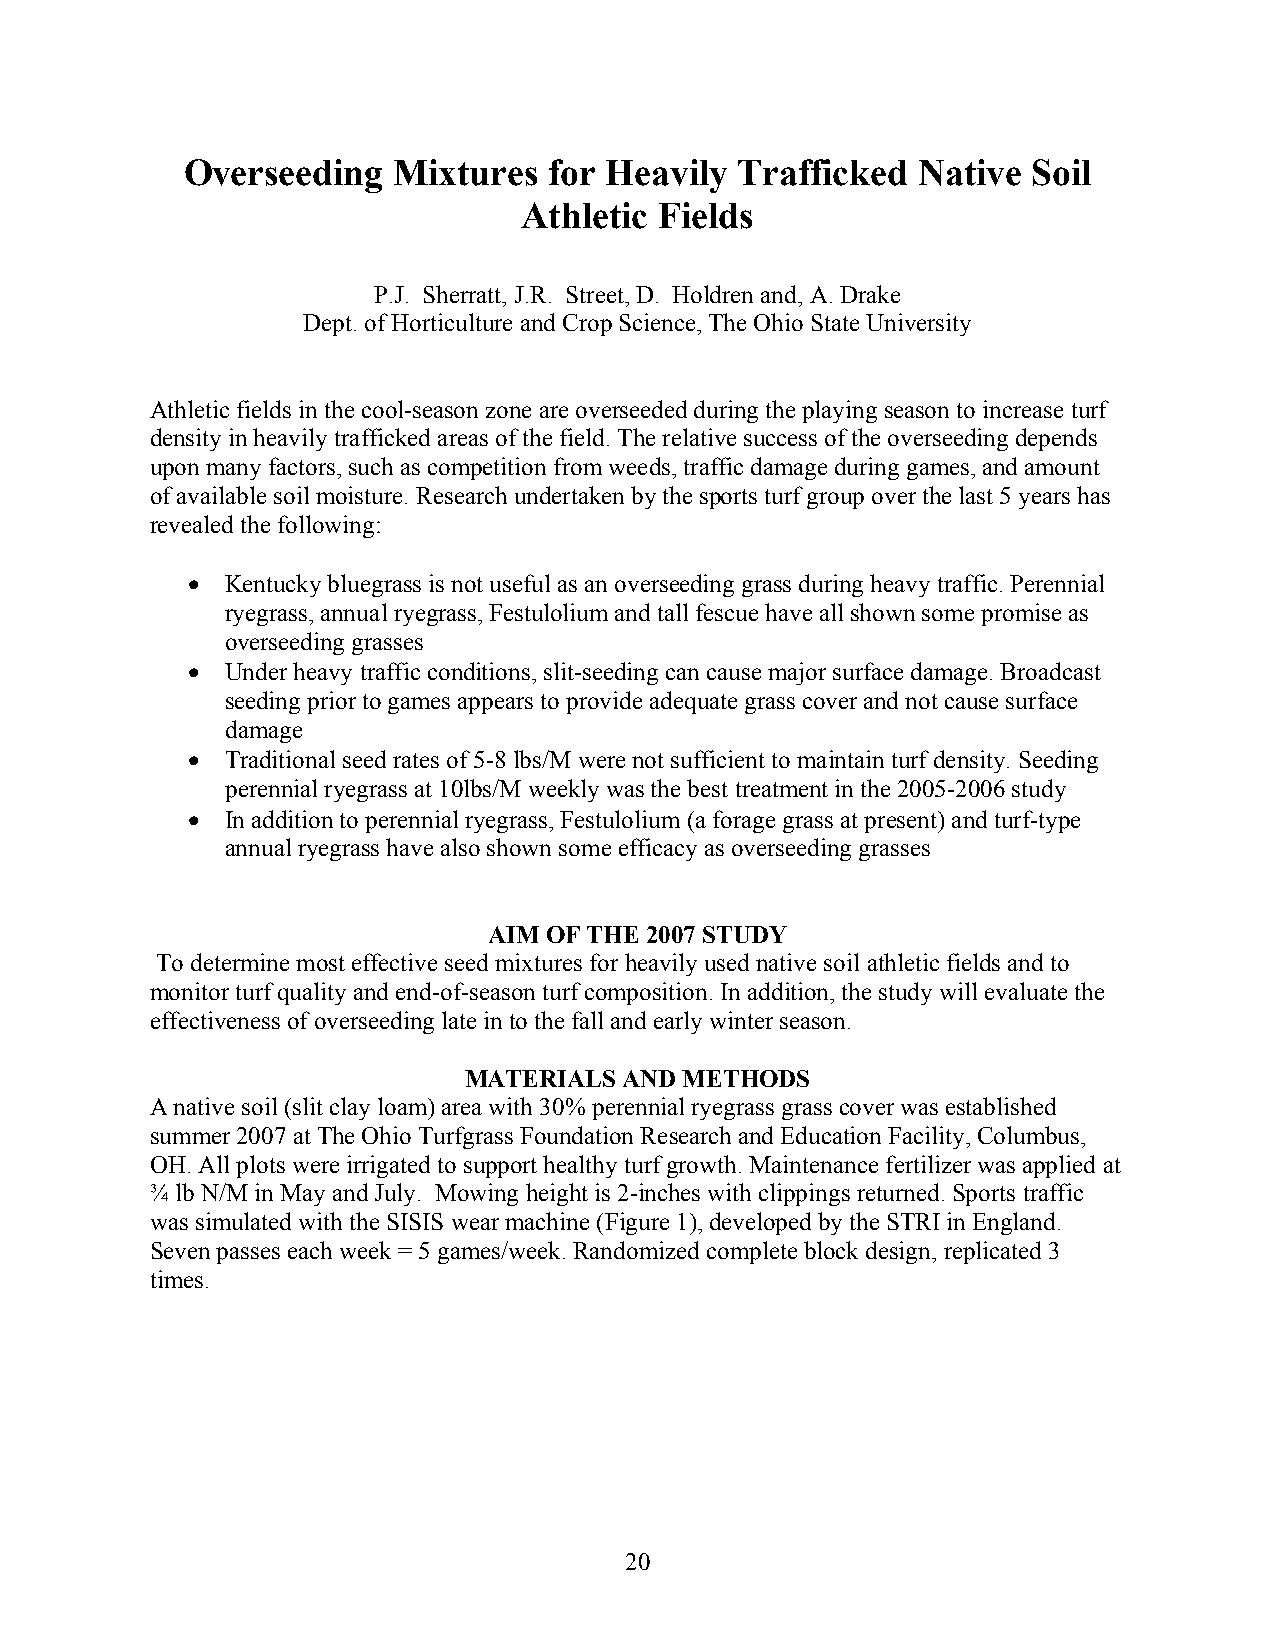
Overseeding   Mixtures  for Heavily  Trafficked  Native Soil
 Athletic Fields
 P.J. Sherratt, J.R. Street, D. Holdren and, A. Drake
 Dept. of Horticulture and Crop Science, The Ohio State University
 Athletic fields in the cool-season zone are overseeded during the playing season to increase turf
 density in heavily trafficked areas of the field. The relative success of the overseeding depends
 upon many factors, such as competition from weeds, traffic damage during games, and amount
 of available soil moisture. Research undertaken by the sports turf group over the last 5 years has
 revealed the following:
 •  Kentucky bluegrass is not useful as an overseeding grass during heavy traffic. Perennial
 ryegrass, annual ryegrass, Festulolium and tall fescue have all shown some promise as
 overseeding grasses
 •  Under heavy traffic conditions, slit-seeding can cause major surface damage. Broadcast
 seeding prior to games appears to provide adequate grass cover and not cause surface
 damage
 •  Traditional seed rates of 5-8 lbs/M were not sufficient to maintain turf density. Seeding
 perennial ryegrass at 10lbs/M weekly was the best treatment in the 2005-2006 study
 •  In addition to perennial ryegrass, Festulolium (a forage grass at present) and turf-type
 annual ryegrass have also shown some efficacy as overseeding grasses
 AIM OF THE 2007 STUDY
 To determine most effective seed mixtures for heavily used native soil athletic fields and to
 monitor turf quality and end-of-season turf composition. In addition, the study will evaluate the
 effectiveness of overseeding late in to the fall and early winter season.
 MATERIALS AND METHODS
 A native soil (slit clay loam) area with 30% perennial ryegrass grass cover was established
 summer 2007 at The Ohio Turfgrass Foundation Research and Education Facility, Columbus,
 OH. All plots were irrigated to support healthy turf growth. Maintenance fertilizer was applied at
 ¾ lb N/M in May and July. Mowing height is 2-inches with clippings returned. Sports traffic
 was simulated with the SISIS wear machine (Figure 1), developed by the STRI in England.
 Seven passes each week = 5 games/week. Randomized complete block design, replicated 3
 times.
 20